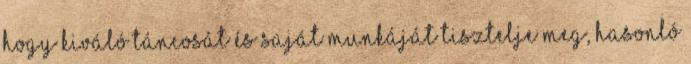
hogy kiváló táncosát és saját munkáját tisztelje meg, hasonló